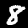
Label: 8